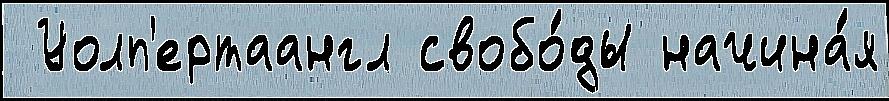
 Уолп'ертаангл свобо́ды начина́я